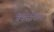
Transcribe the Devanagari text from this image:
बेकर्सफिल्ड